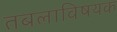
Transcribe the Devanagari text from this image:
तबलाविषयक